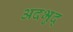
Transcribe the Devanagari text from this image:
अदभुद्